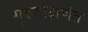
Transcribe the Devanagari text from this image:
गुरुदक्षिणेत